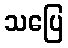
သပြေ